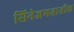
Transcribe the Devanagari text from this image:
सिनेजगतातील